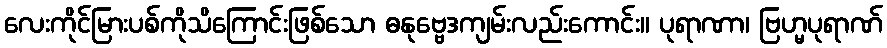
လေးကိုင်မြားပစ်ကိုသိကြောင်းဖြစ်သော ဓနုဗ္ဗေဒကျမ်းလည်းကောင်း။ ပုရာဏာ၊ ဗြဟ္မပုရာဏ်